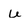
Character: u